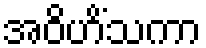
အဝိဟိံသကာ